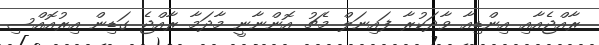
ރާއްޖެއާއި އިންޑިއާ ވާދަކުރާ ފައިނަލް މެޗު އޮންނާނީ މާދަމާ ރާއްޖެ ގަޑިން އިރުއޮއްސި